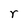
Character: r